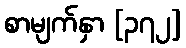
စာမျက်နှာ [၃၇၂]